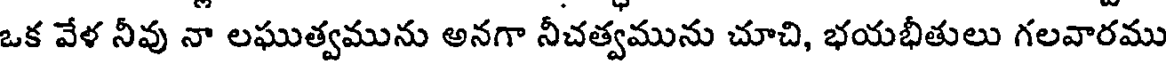
ఒక వేళ నీవు నా లఘుత్వమును అనగా నీచత్వమును చూచి, భయభీతులు గలవారము